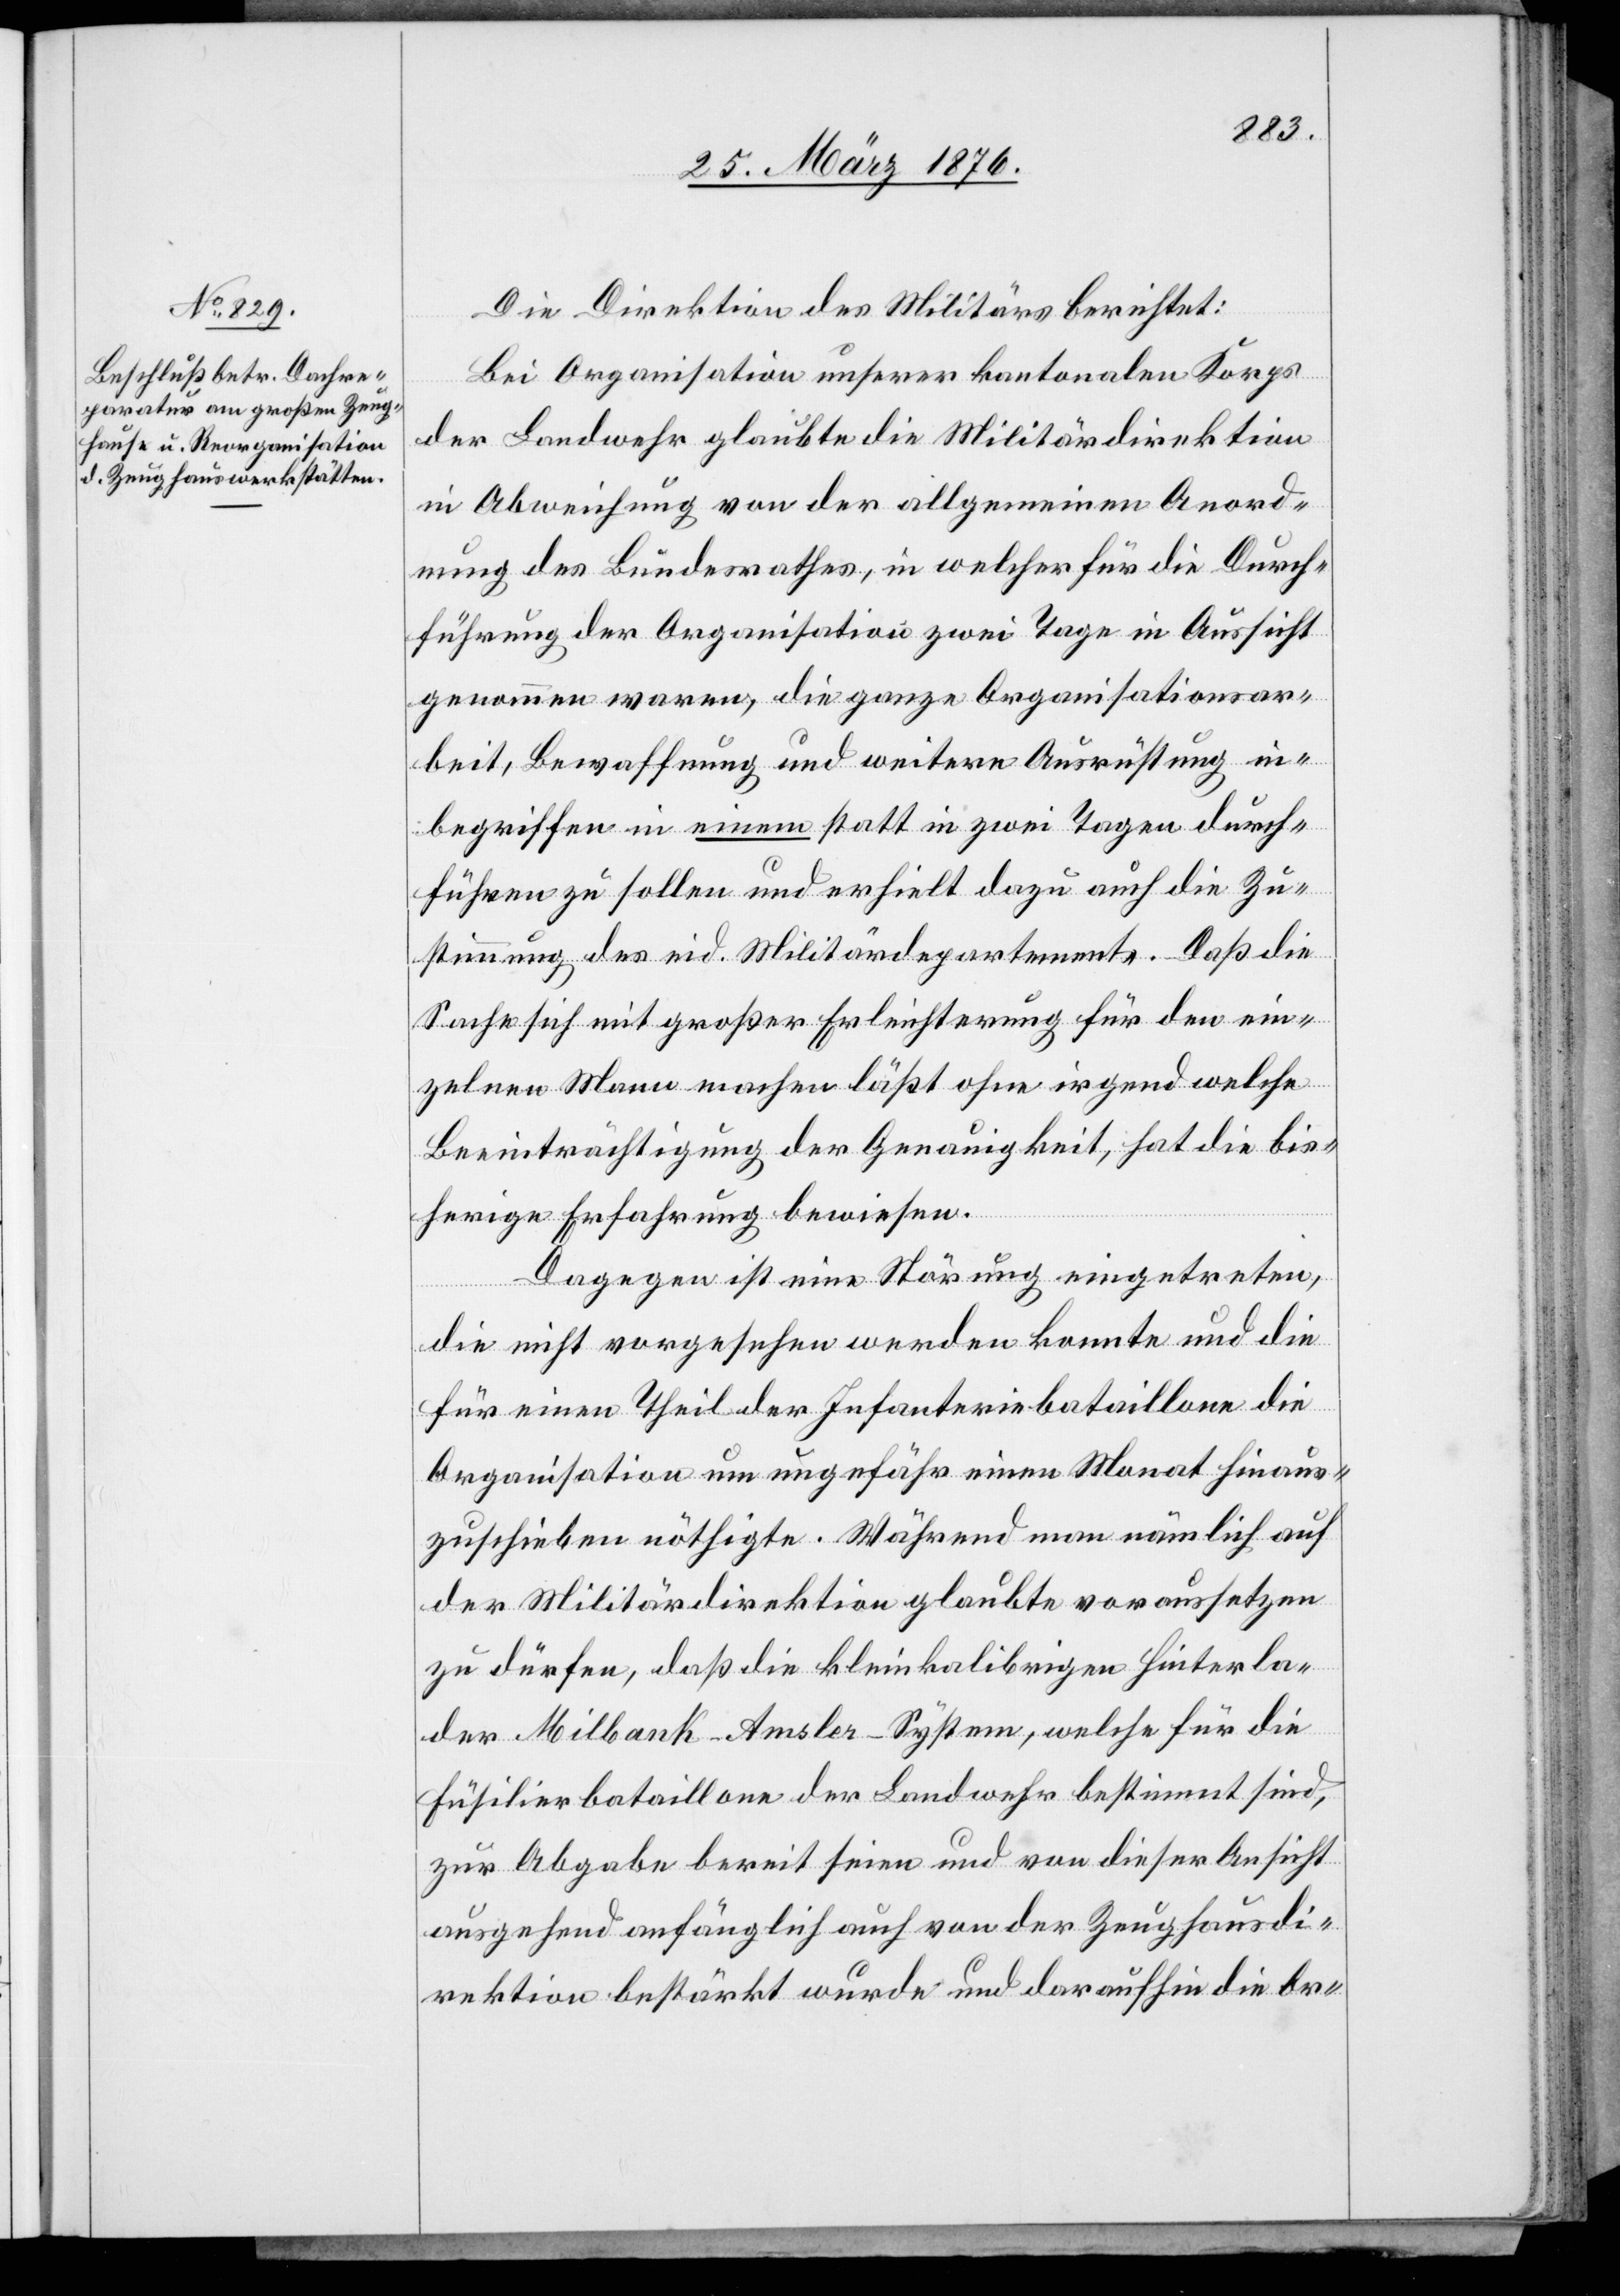
Die Direktion des Militärs berichtet:
Bei Organisation unserer kantonalen Korps
der Landwehr glaubte die Militärdirektion
in Abweichung von der allgemeinen Ord¬
nung des Bundesrathes, in welcher für die Durch¬
führung der Organisation zwei Tage in Aussicht
genommen waren, die ganze Organisationsar¬
beit, Bewaffnung und weitere Ausrüstung in¬
begriffen in einem statt in zwei Tagen durch¬
führen zu sollen und erhielt dazu auch die Zu¬
stimmung des eid. Militärdepartements. Daß die
Sache sich mit großer Erleichterung für den ein¬
zelnen Mann machen läßt ohne irgendwelche
Beeinträchtigung der Genauigkeit, hat die bis¬
herige Erfahrung bewiesen.
Dagegen ist eine Störung eingetreten,
die nicht vorgesehen werden konnte und die
für einen Theil der Infanteriebataillone die
Organisation um ungefähr einen Monat hinaus¬
zuschieben nöthigte. Während man nämlich auf
der Militärdirektion glaubte voraussetzen
zu dürfen, daß die kleinkalibrigen Hinterla¬
der Milbank-Amsler-System, welche für die
Füsilierbataillone der Landwehr bestimmt sind,
zur Abgabe bereit seien und von dieser Ansicht
ausgehend anfänglich auch von der Zeughausdi¬
rektion bestärkt wurde und daraufhin die Or-